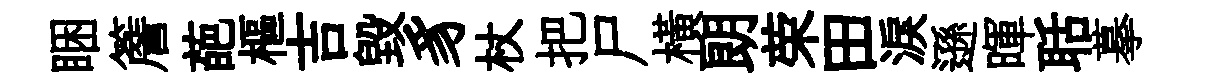
睏簷葩樞吉毁豸杖把尸横朗荣田淚遜暉聒摹